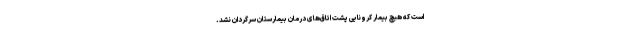
است که هیچ بیمار کرونایی پشت اتاق‌های درمان بیمارستان سرگردان نشد.